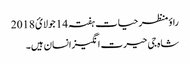
راؤ منظر حیات ہفتہ 14 جولائ 2018
شاہ جی حیرت انگیزانسان ہیں۔